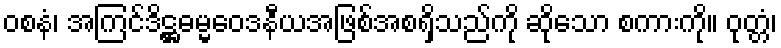
ဝစနံ၊ အကြင်ဒိဋ္ဌဓမ္မဝေဒနီယအဖြစ်အစရှိသည်ကို ဆိုသော စကားကို။ ဝုတ္တံ၊